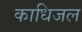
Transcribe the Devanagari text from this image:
काधिजल